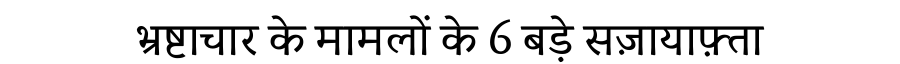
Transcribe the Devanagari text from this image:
भ्रष्टाचार के मामलों के 6 बड़े सज़ायाफ़्ता